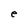
Character: e